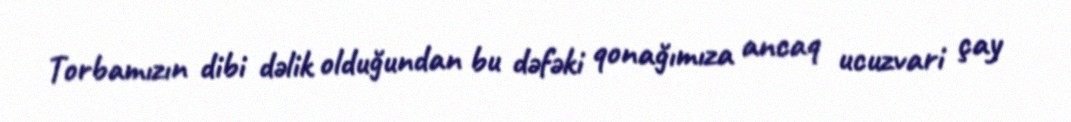
Torbamızın dibi dəlik olduğundan bu dəfəki qonağımıza ancaq ucuzvari çay